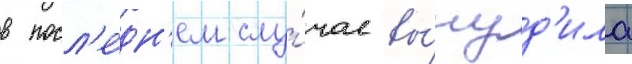
в посл'е́дн'ем слу́чае вы́нуд'ила